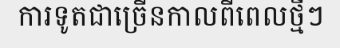
ការទូតជាច្រើនកាលពីពេលថ្មីៗ